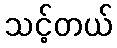
သင့်တယ်